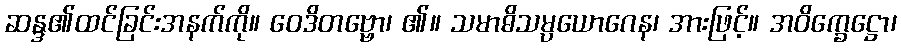
ဆန္ဒ၏ထင်ခြင်းအနက်ကို။ ဝေဒိတဗ္ဗော၊ ၏။ သမာဓိသမ္ပယောဂေန၊ အားဖြင့်။ အဝိက္ခေဋ္ဌော၊